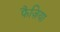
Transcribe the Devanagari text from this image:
फैज़िया